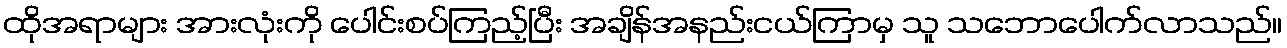
ထိုအရာများ အားလုံးကို ပေါင်းစပ်ကြည့်ပြီး အချိန်အနည်းငယ်ကြာမှ သူ သဘောပေါက်လာသည်။